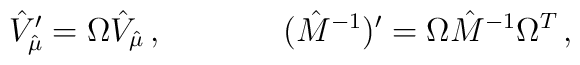
{\hat V}_{\hat \mu}^\prime = \Omega {\hat V}_{\hat \mu}\, ,\hskip 1.5truecm({\hat M}^{-1})^\prime = \Omega {\hat M}^{-1}\Omega^T\, ,